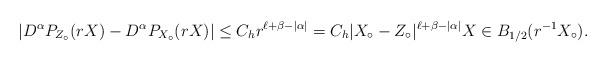
LaTeX: \begin{align*}|D^\alpha P_{Z_\circ}(rX) - D^{\alpha}P_{X_\circ}(rX)| \leq C_hr^{\ell + \beta - |\alpha|} = C_h|X_\circ - Z_\circ|^{\ell + \beta - |\alpha|} X \in B_{1/2}(r^{-1}X_\circ).\end{align*}